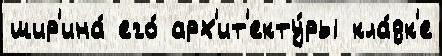
шир'ина́ его́ арх'ит'екту́ры кла́дк'е